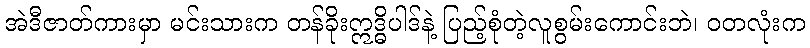
အဲဒီဇာတ်ကားမှာ မင်းသားက တန်ခိုးဣဒ္ဓိပါဒ်နဲ့ ပြည့်စုံတဲ့လူစွမ်းကောင်းဘဲ၊ ဝတလုံးက